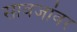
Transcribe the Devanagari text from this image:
सावजांवर